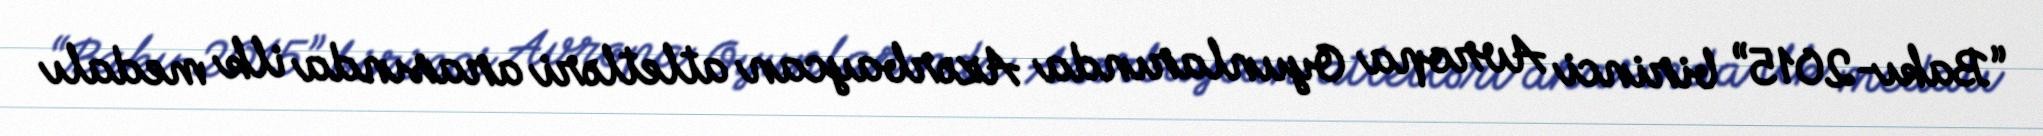
“Bakı-2015” birinci Avropa Oyunlarında Azərbaycan atletləri arasında ilk medalı